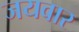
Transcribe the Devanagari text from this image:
जयवार